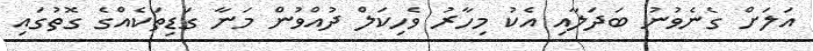
އަލަށް ގެނެވުނު ބަދަލާއި އެކު މިހާރު ވެހިކަލް ދުއްވުން މަނާ ގަޑިތަކެއްގެ ގޮތުގައި